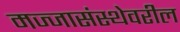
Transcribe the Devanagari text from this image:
मज्जासंस्थेवरील